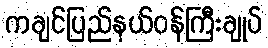
ကချင်ပြည်နယ်ဝန်ကြီးချုပ်